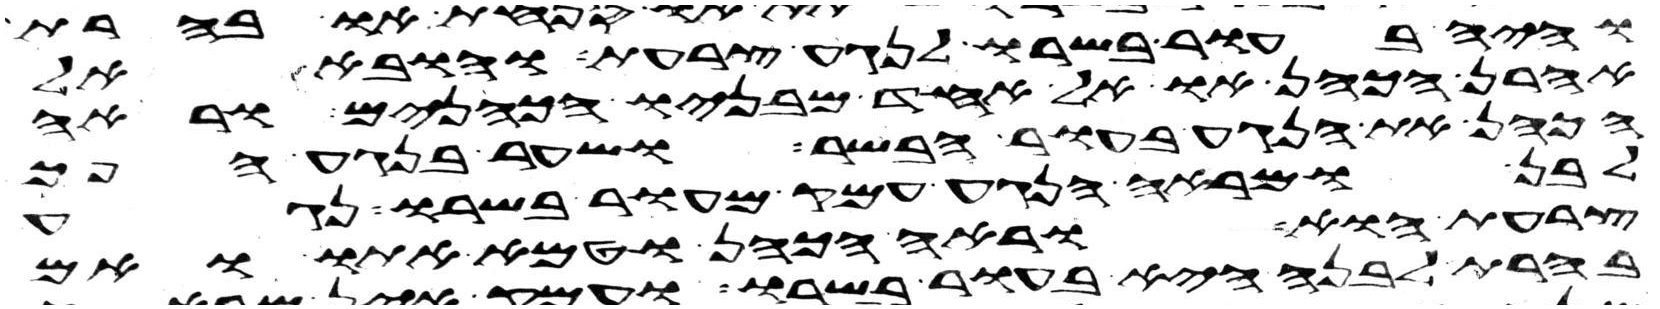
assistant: והיה בעור בשרו לנגע צרעת והובא אל
אהרן הכהן או אל אחד מבניו הכהנים וראה
הכהן את הנגע בעור הבשר ושער בנגע הפך
לבן ומראה הנגע עמק מעור בשרו נגע
צרעת הוא וראה הכהן וטמא אתו ואם